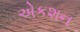
એકશન